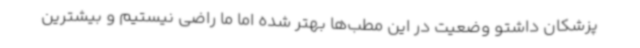
پزشکان داشتو وضعیت در این مطب‌ها بهتر شده اما ما راضی نیستیم و بیشترین